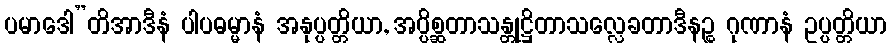
ပမာဒေါ”တိအာဒီနံ ပါပဓမ္မာနံ အနုပ္ပတ္တိယာ, အပ္ပိစ္ဆတာသန္တုဋ္ဌိတာသလ္လေခတာဒီနဉ္စ ဂုဏာနံ ဥပ္ပတ္တိယာ